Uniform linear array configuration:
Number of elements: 16
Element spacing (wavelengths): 1
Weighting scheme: binomial
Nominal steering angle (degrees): -30
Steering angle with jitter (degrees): -28.958
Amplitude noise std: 0.05
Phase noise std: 0.05

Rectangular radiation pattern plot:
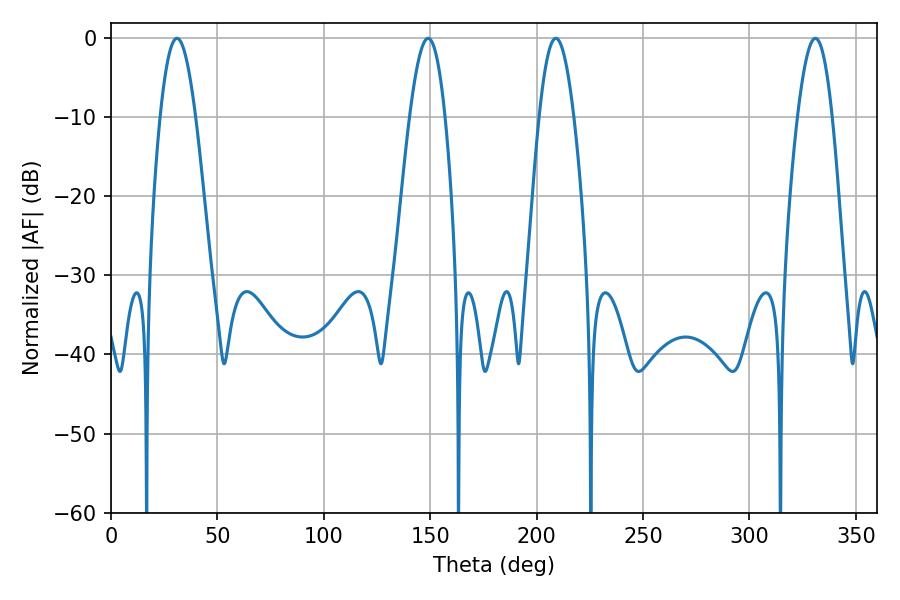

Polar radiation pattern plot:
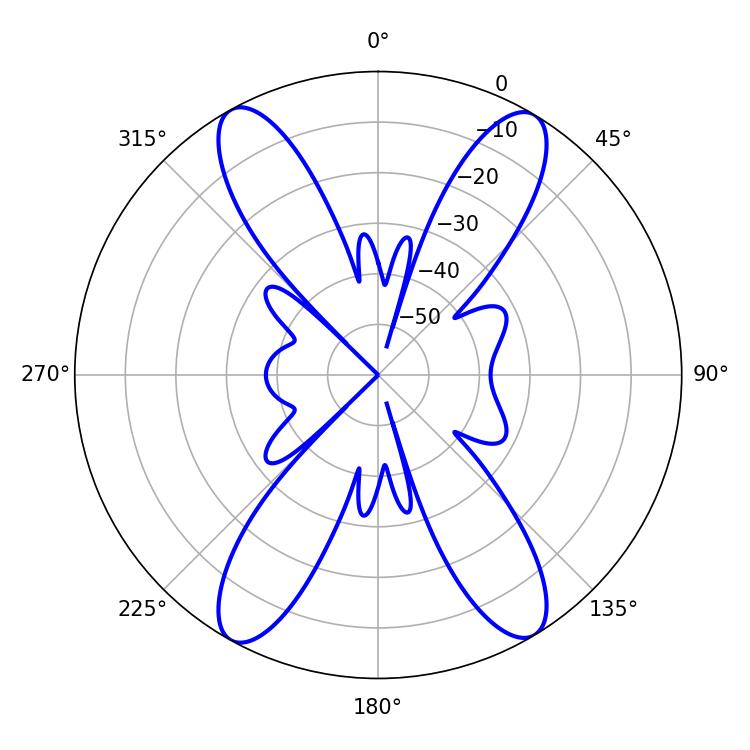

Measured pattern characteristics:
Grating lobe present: TRUE
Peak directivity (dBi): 21.458
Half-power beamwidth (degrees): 9
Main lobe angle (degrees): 30.96